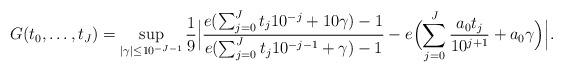
LaTeX: \begin{align*} G(t_0,\dots,t_{J})=\sup_{|\gamma|\le 10^{-J-1} }\frac{1}{9}\Bigl|\frac{e(\sum_{j=0}^{J}t_{j}10^{-j}+10\gamma)-1}{e(\sum_{j=0}^{J}t_{j}10^{-j-1}+\gamma)-1}-e\Bigl(\sum_{j=0}^{J}\frac{a_0 t_{j}}{10^{j+1}}+a_0\gamma\Bigr)\Bigr|.\end{align*}